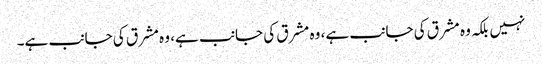
نہیں بلکہ وہ مشرق کی جانب ہے، وہ مشرق کی جانب ہے، وہ مشرق کی جانب ہے۔